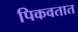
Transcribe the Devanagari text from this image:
पिकवतात